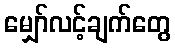
မျှော်လင့်ချက်တွေ